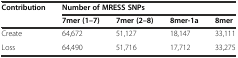
<table><thead><tr><td rowspan="2"><b>Contribution</b></td><td colspan="4"><b>Number of MRESS SNPs</b></td></tr><tr><td><b>7mer (1–7)</b></td><td><b>7mer (2–8)</b></td><td><b>8mer-1a</b></td><td><b>8mer</b></td></tr></thead><tbody><tr><td>Create</td><td>64,672</td><td>51,127</td><td>18,147</td><td>33,111</td></tr><tr><td>Loss</td><td>64,490</td><td>51,716</td><td>17,712</td><td>33,275</td></tr></tbody></table>